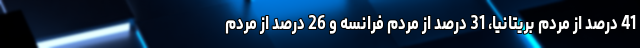
41 درصد از مردم بریتانیا، 31 درصد از مردم فرانسه و 26 درصد از مردم